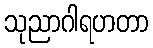
သုညာဂါရဟတာ